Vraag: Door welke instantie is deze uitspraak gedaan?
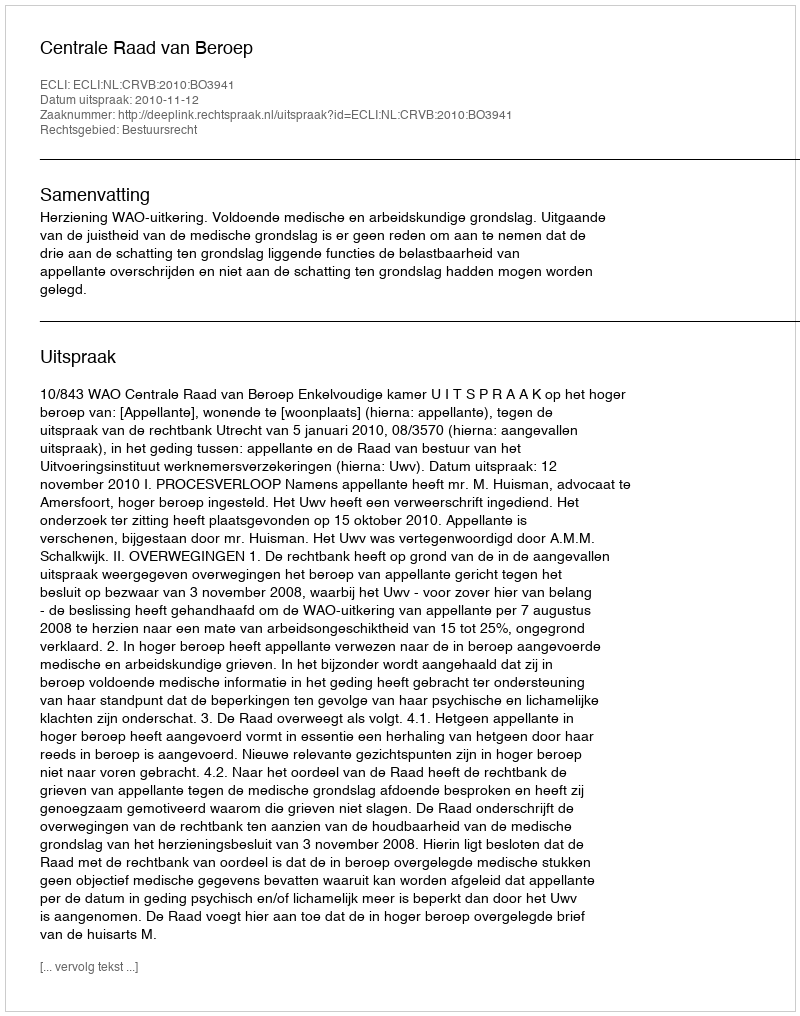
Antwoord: Centrale Raad van Beroep